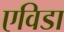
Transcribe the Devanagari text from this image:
एविडा